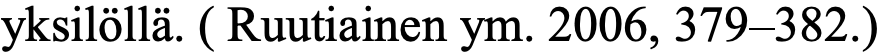
yksilöllä. ( Ruutiainen ym. 2006, 379–382.)